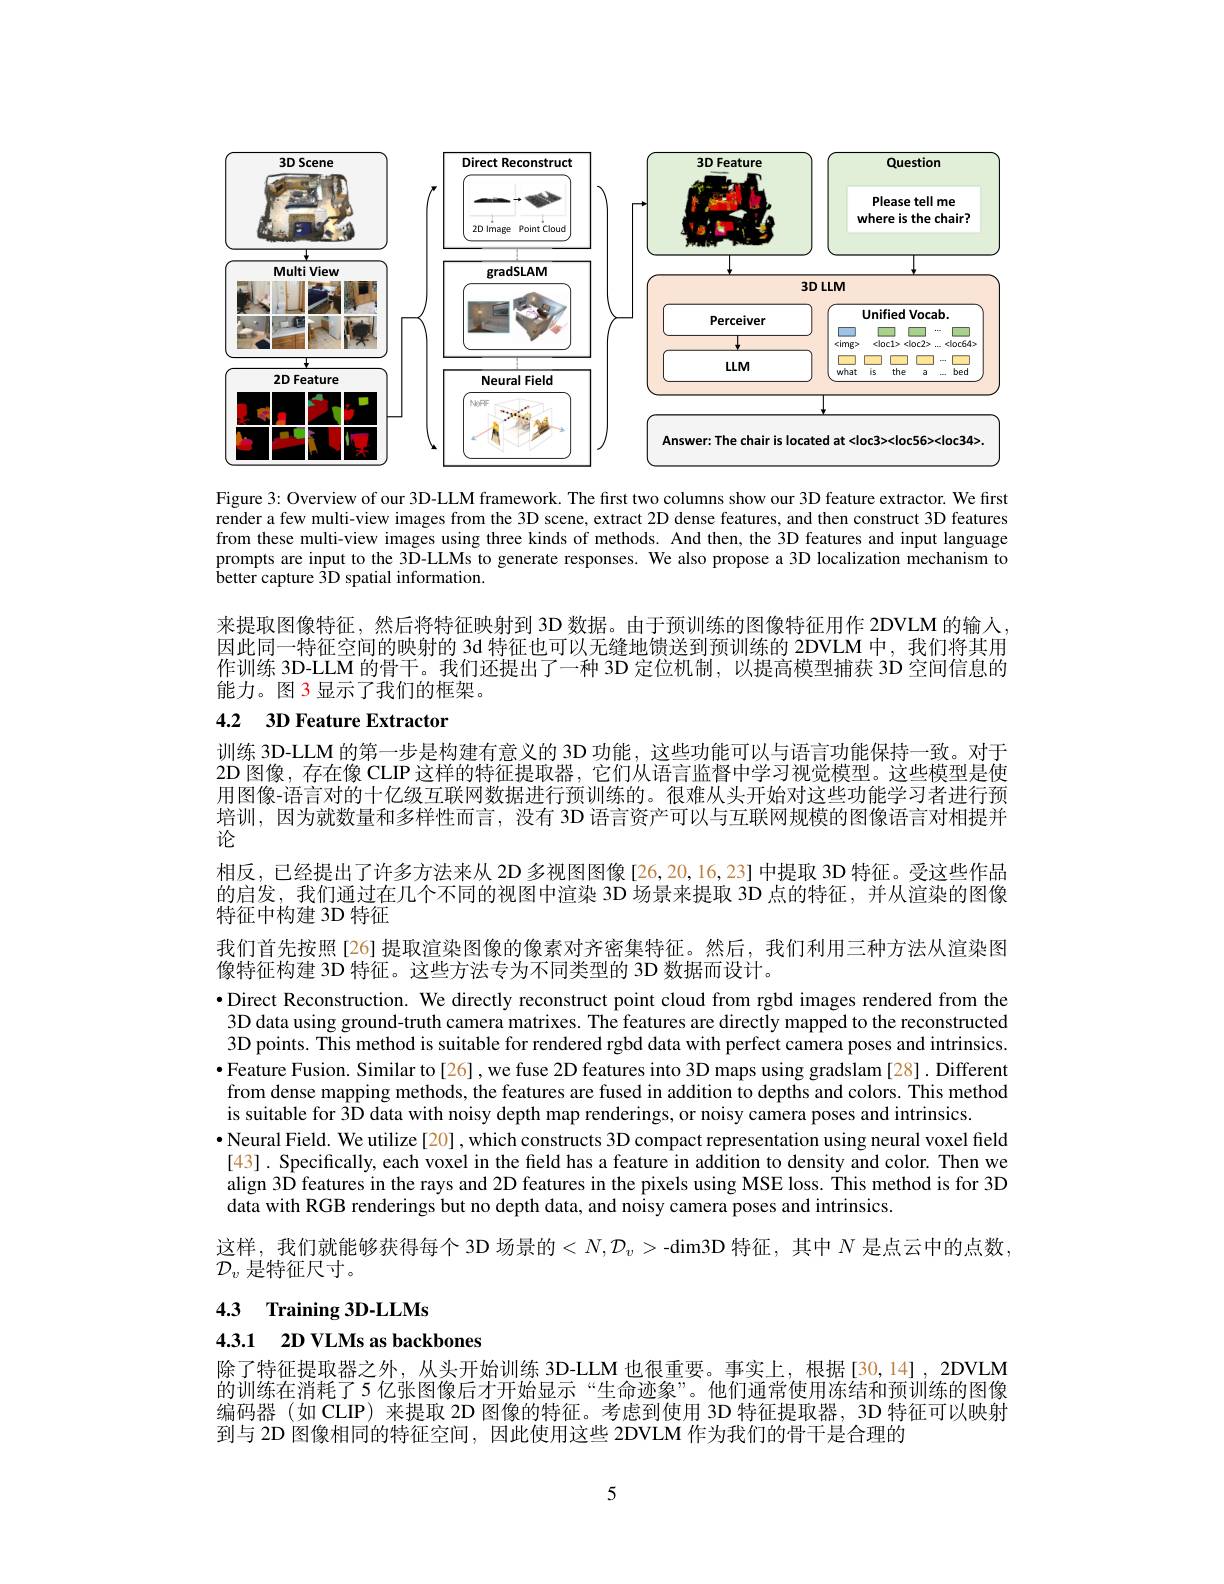
<FigureHere>

Figure 3: Overview of our 3D-LLM framework. The first two columns show our 3D feature extractor. We first render a few multi-view images from the 3D scene, extract 2D dense features, and then construct 3D features from these multi-view images using three kinds of methods. And then, the 3D features and input language prompts are input to the 3D-LLMs to generate responses. We also propose a 3D localization mechanism to $\ddot{\text{better capture 3D spatial information.}}$

来提取图像特征，然后将特征映射到 3D 数据。由于预训练的图像特征用作 2DVLM 的输人， 因此同一特征空间的映射的 3d 特征也可以无缝地馈送到预训练的 2DVLM 中，我们将其用作训练 3D-LLM 的骨干。我们还提出了一种 3D 定位机制，以提高模型捕获 3D 空间信息的能力。图 3显示了我们的框架。

# 4.2 3D Feature Extractor

训练 3D-LLM 的第一步是构建有意义的 3D 功能，这些功能可以与语言功能保持一致。对于2D 图像，存在像 CLIP 这样的特征提取器，它们从语言监督中学习视觉模型。这些模型是使用图像-语言对的十亿级互联网数据进行预训练的。很难从头开始对这些功能学习者进行预培训，因为就数量和多样性而言，没有 3D 语言资产可以与互联网规模的图像语言对相提并论
相反，已经提出了许多方法来从 2D 多视图图像[26,20,16,23] 中提取 3D 特征。受这些作品的启发，我们通过在几个不同的视图中渲染 3D 场景来提取 3D 点的特征，并从渲染的图像特征中构建 3D 特征
我们首先按照[26]提取渲染图像的像素对齐密集特征。然后，我们利用三种方法从渲染图
像特征构建 3D 特征。这些方法专为不同类型的 3D 数据而设计。
·Direct Reconstruction. We directly reconstruct point cloud from rgbd images rendered from the 3D data using ground-truth camera matrixes. The features are directly mapped to the reconstructed 3D points. This method is suitable for rendered rgbd data with perfect camera poses and intrinsics. $\bullet$Feature Fusion. Similar to[26], we fuse 2D features into 3D maps using gradslam [28]. Different from dense mapping methods, the features are fused in addition to depths and colors. This method is suitable for $\hat{\text{3D data with noisy depth map renderings,or noisy camera poses and intrinsics.}}$
· Neural Field. We utilize[20], which constructs 3D compact representation using neural voxel field [43]. Specifically, each voxel in the field has a feature in addition to density and color. Then we align 3D features in the rays and 2D features in the pixels using MSE loss. This method is for 3D data with RGB renderings but no depth data, and noisy camera poses and intrinsics.
这样，我们就能够获得每个 3D 场景的$<N,\mathcal{D}_v>$-dim3D 特征，其中 $N$ 是点云中的点数，
$\mathcal{D}_v$是特征尺寸。
4.3 Training 3D-LLMs

## 4.3.1 2D VLMs as backbones

除了特征提取器之外，从头开始训练 3D-LLM 也很重要。事实上，根据[30,14],2DVLM 的训练在消耗了5 亿张图像后才开始显示“生命迹象”。他们通常使用冻结和预训练的图像编码器 (如 CLIP) 来提取 2D 图像的特征。考虑到使用 3D 特征提取器，3D 特征可以映射到与 2D 图像相同的特征空间，因此使用这些 2DVLM 作为我们的骨干是合理的

5